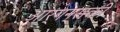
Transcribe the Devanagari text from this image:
आर्गन्सकी